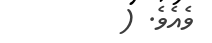
ވެއެވެ. (